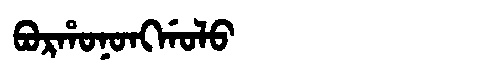
Manchu: ᠪᠣᡵᡥᠣᠨᠣᠩᡤᠣᠯᠣ
Romanization: BORHONONGGOLO